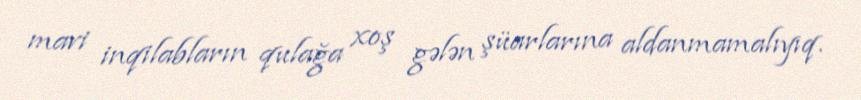
mavi inqilabların qulağa xoş gələn şüarlarına aldanmamalıyıq.